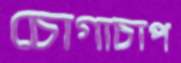
চোগাচাপ